Code of medical and sanitary regulations for the guidance of medical officers serving in the Madras Presidency - Volume I
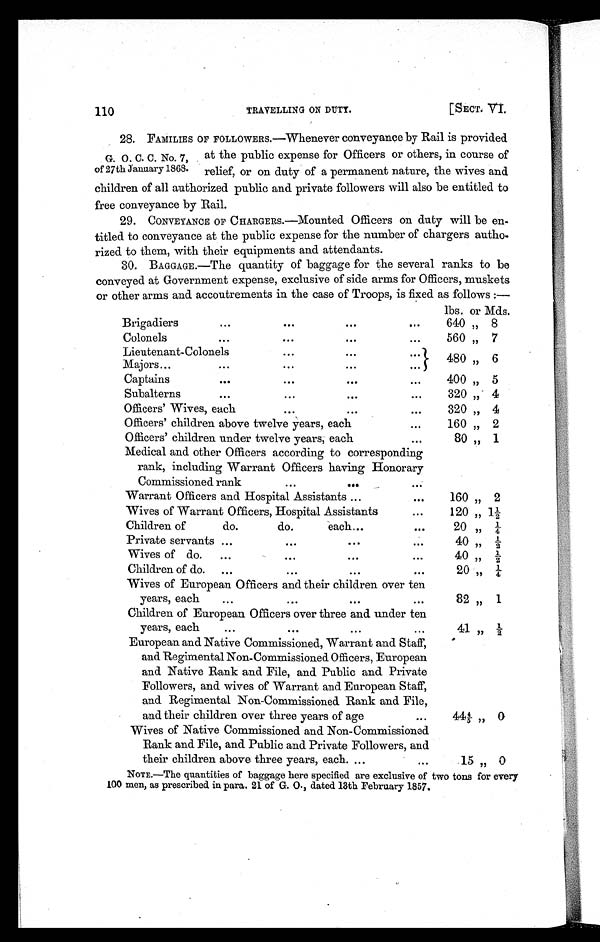
110
TRAVELLING ON DUTY.
[SECT VI.
28. FAMILIES OF FOLLOWERS.—Whenever conveyance by Rail is provided
G. O. C. C. No. 7, at the public expense for Officers or others, in course of
of 27th January 1868. relief, or on duty of a permanent nature, the wives and
children of all authorized public and private followers will also be entitled to
free conveyance by Rail.
29. CONVEYANCE OF CHARGERS.—Mounted Officers on duty will be en
-titled to conveyance at the public expense for the number of chargers autho
-rized to them, with their equipments and attendants.
30. BAGGAGE.—The quantity of baggage for the several ranks to be
conveyed at Government expense, exclusive of side arms for Officers, muskets
or other arms and. accoutrements in the case of Troops, is fixed as follows :—
lbs. or Mds.
Brigadiers
...
...
...
...
640 „ 8
Colonels
...
...
...
. . .
560 „ 7
Lieutenant-Colonels
• .•
...
Majors...
...
...
• ..
I
480 ,
6
Captains
...
...
...
. . .
400 „ 5
Subalterns
•.•
...
...
...
320 „ 4
Officers' Wives, ech...
...
. . .
,
Officers' children above twelve years, each
. . .
160 „ 2
Officers' children under twelve years, each
. . .
80 „ 1
Medical and other Officers according to corresponding
rank, including Warrant Officers having Honorary
Commissioned rank
• •
404
. . .
Warrant Officers and Hospital Assistants ...
•.•
160 „ 2
Wives of Warrant Officers, Hospital Assistants
•.•
120,, 11 2
Children of
do.
do.
each...
. . .
20 „ /
Private servants ...
...
...
40,,
1
Wives of do.
4 0
2
...
...
...
•.•
2 0 2
Children of do.
...
...
...
. . .
20 „ /
Wives of European Officers and their children over ten
years, each
...
...
...
. . .
82 „ 1
Children of European Officers over three and under ten
years, each
...
...
...
• .•
41,,
1 / 2
European and Native Commissioned, Warrant and Staff,
and Regimental Non-Commissioned Officers, European
and Native Rank and File, and Public and Private
Followers, and wives of Warrant and European Staff,
and Regimental Non-Commissioned. Rank and File,
and their children over three years of age
. . .
44 4/5 "
0
Wives of Native Commissioned and Non-Commissioned
Rank and File, and Public and Private Followers, and
their children above three years. earth.
15 "
0
NOTE.—The quantities of baggage here specified are exclusive of two tons for every
100 men, as prescribed in para. 21 of G. 0., dated 13th February 1857.